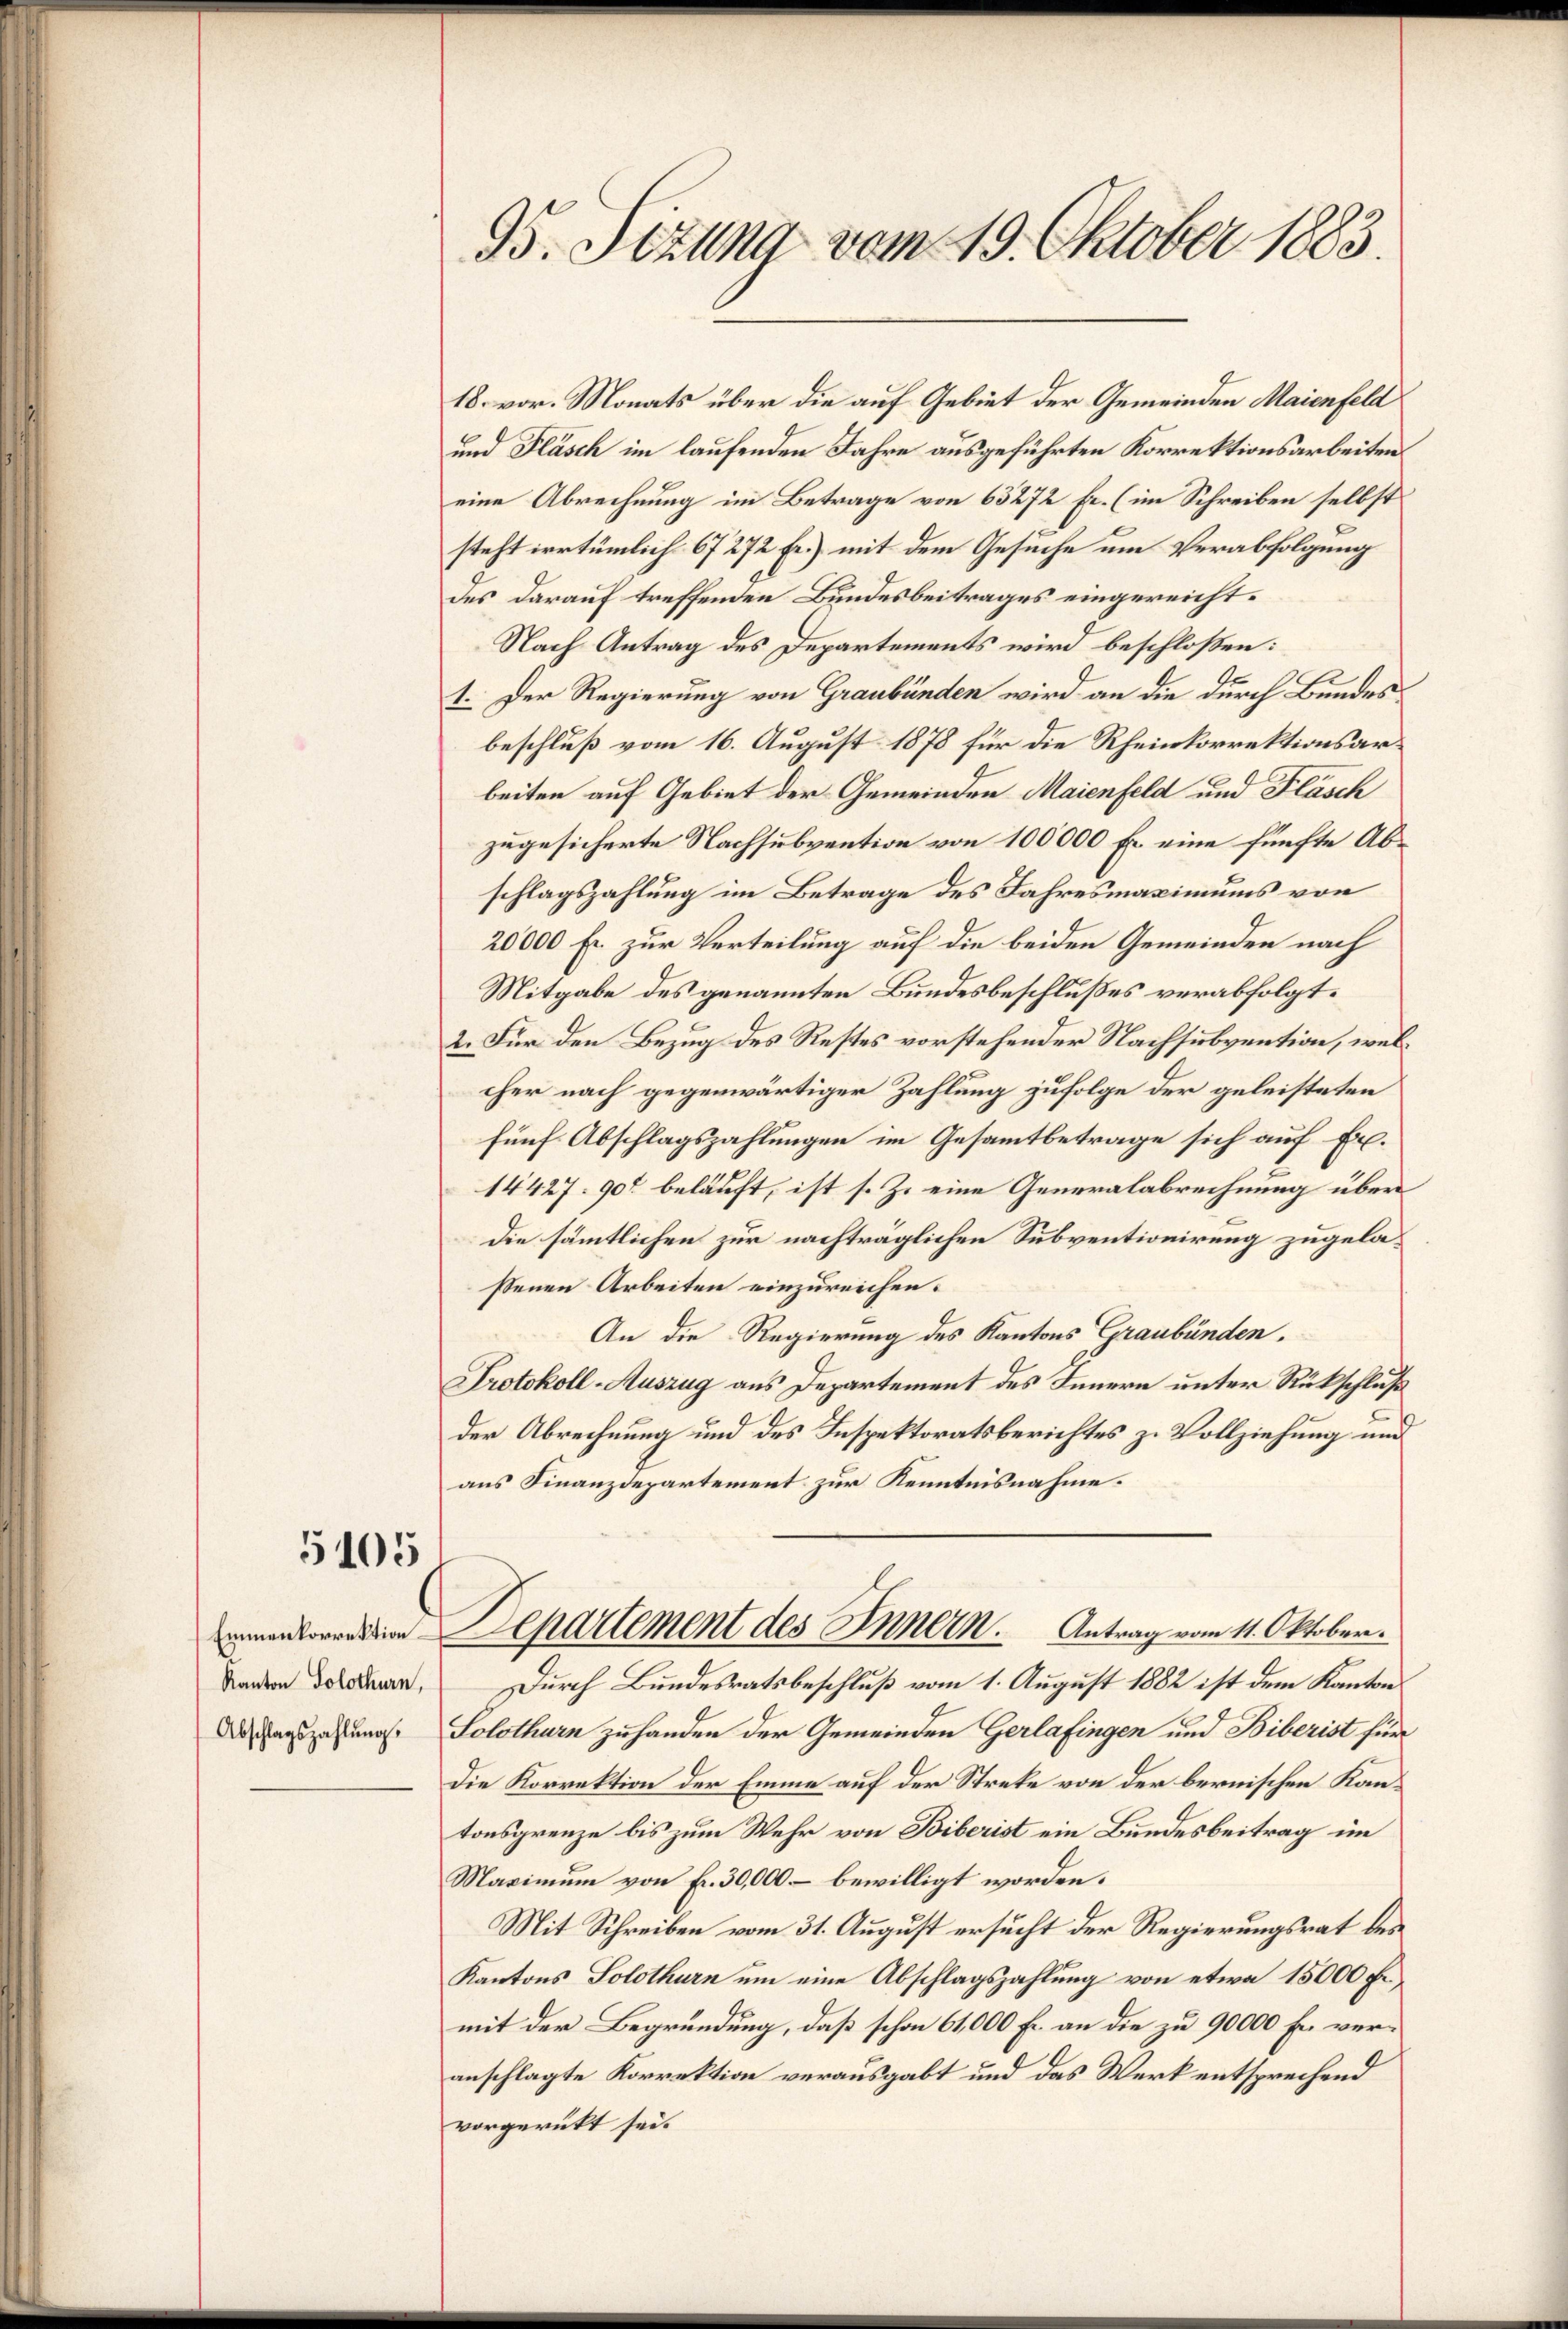
5105

Emmenkorrektion.
Kanton Solothurn,
Abschlagszahlŭng.

B. Sizung vom 19. Oktober 1883.

18. vor. Monats über die auf Gebiet der Gemeinden Maienfeld
und Fläsch im laufenden Jahre ausgeführten Korrektionsarbeiten.
eine Abrechnung im Betrage von 63272 Fr. (im Schreiben selbst
steht irrtümlich 67272 Fr.) mit dem Gesuche um Verabfolgung
Des darauf treffenden Bundesbeitrages eingereicht¬
Nach Antrag des Departements wird beschloßen:
1. Der Regierung von Graubünden wird an die durch Bundes
beschluß vom 16. August 1878 für die Rheinkorrektionsarbeiten auf Gebiet der Gemeinden Maienfeld und Fläsch
zugesicherte Nachsubvention von 100000 Fr. eine fünfte Abschlagszahlung im Betrage des Jahresmaximums von
20000 fr. zur Verteilung auf die beiden Gemeinden nach
Mitgabe des genannten Bundesbeschlußes verabfolgt.
2. Für den Bezug des Restes vorstehender Nachsubvention, welcher nach gegenwärtiger Zahlung zufolge der geleisteten
fünf Abschlagszahlungen im Gesamtbetrage sich auf Er¬
14427. 90 beläuft, ist s. Z. eine Generalabrechnung über¬
Die sämmtlichen zur nachträglichen Subventionirung zugelaßenen Arbeiten einzureichen.
An die Regierung des Kantons Graubünden.
Protokoll-Auszug aus Departement des Innern unter Rückschluß
der Abrechnung und des Inspektoratsberichtes zu Vollziehung und
aus Finanzdepartement zur Kenntnisnahme.
Departement des Innern. Antrag vom 11. Oktober.
Durch Bundesratsbeschluß vom 1. August 1882 ist dem Kanton
Solothurn zuhanden der Gemeinden Gerlafingen und Biberist für
Die Korrektion der Emme auf der Streke von der bernischen Kantonsgrenze bis zum Wehr von Biberist ein Bundesbeitrag im
Maximum von Fr. 30,000 – bewilligt worden.
Mit Schreiben vom 31. August ersucht der Regierungsrat des
Kantons Solothurn um eine Abschlagszahlung von etwa 15000 f.,
mit der Begründung, daß schon 61,000 Fr. an die zu 90000 Fr. veranschlagte Korrektion verausgabt und das Werk entsprechend
vorgerükt sei.